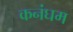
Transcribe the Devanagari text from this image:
कनंघम